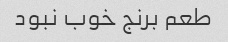
طعم برنج خوب نبود